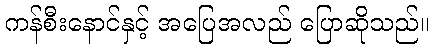
ကန်စီးနောင်နှင့် အပြေအလည် ပြောဆိုသည်။